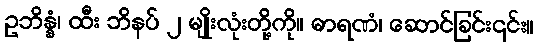
ဥဘိန္နံ၊ ထီး ဘိနပ် ၂ မျိုးလုံးတို့ကို။ ဓာရဏံ၊ ဆောင်ခြင်း၎င်း။